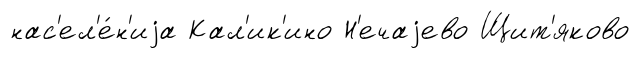
нас'ел'е́н'иjа Кал'ик'ино Н'ечаjево Щит'яково